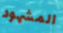
المشهود